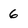
Character: 6